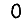
Digit: 0